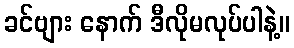
ခင်ဗျား နောက် ဒီလိုမလုပ်ပါနဲ့။